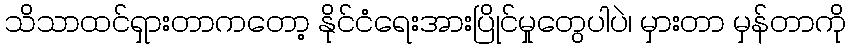
သိသာထင်ရှားတာကတော့ နိုင်ငံရေးအားပြိုင်မှုတွေပါပဲ၊ မှားတာ မှန်တာကို